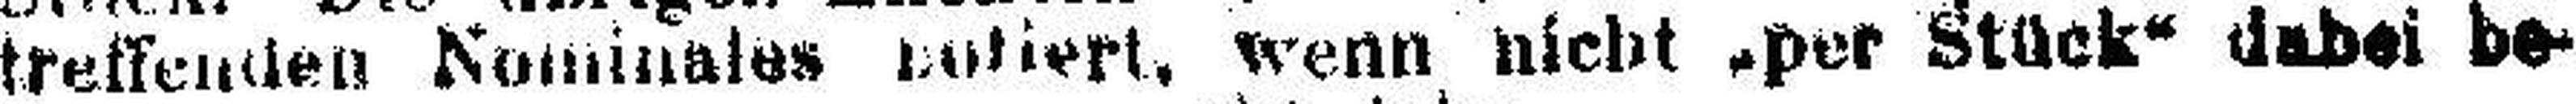
treffenden Nonimales rotiert, wenn nicht „per Stück“ dabei be¬